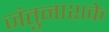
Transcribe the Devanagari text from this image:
जंतुनाशके